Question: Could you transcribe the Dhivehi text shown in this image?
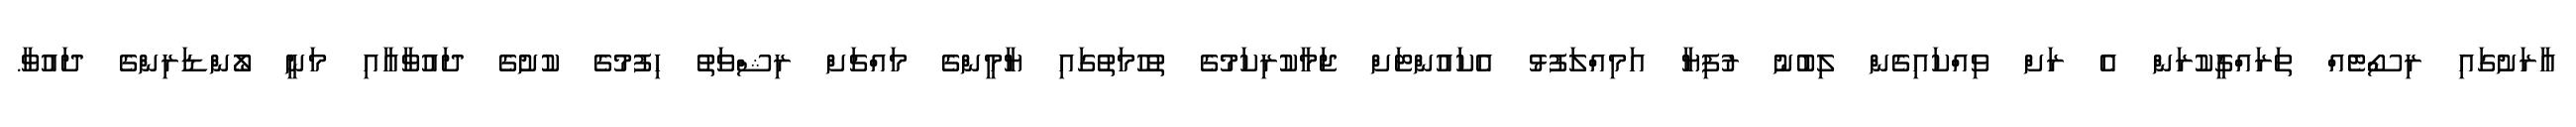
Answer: އާރަށުގައި ރިސޯޓެއް ތަރައްގީކުރަން އެ ރަށް ވިއްކައިގެން ލިބުނު ރުފިޔާ އަމިއްލަފުޅު އެކައުންޓަށް ޖަމާކުރިކަމުގެ ތުހުމަތުގައި ޔާމީންގެ މައްޗަށް ރިޝްވަތު ހިފުމުގެ ކުށުގެ ދައުވާއާއި މަނީ ލޯންޑަރިންގެ ދައުވާ.